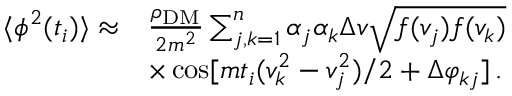
\begin{array} { r l } { \langle \phi ^ { 2 } ( t _ { i } ) \rangle \approx } & { \frac { \rho _ { \mathrm { D M } } } { 2 m ^ { 2 } } \sum _ { j , k = 1 } ^ { n } \alpha _ { j } \alpha _ { k } \Delta v \sqrt { f ( v _ { j } ) f ( v _ { k } ) } } \\ & { \times \cos [ m t _ { i } ( v _ { k } ^ { 2 } - v _ { j } ^ { 2 } ) / 2 + \Delta \varphi _ { k j } ] \, . } \end{array}